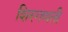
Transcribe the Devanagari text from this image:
शिरगणती